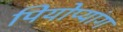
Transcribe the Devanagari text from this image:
पियोप्यांग